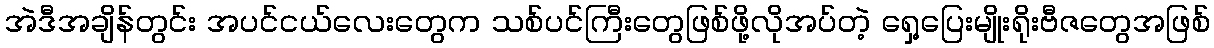
အဲဒီအချိန်တွင်း အပင်ငယ်လေးတွေက သစ်ပင်ကြီးတွေဖြစ်ဖို့လိုအပ်တဲ့ ရှေ့ပြေးမျိုးရိုးဗီဇတွေအဖြစ်